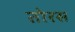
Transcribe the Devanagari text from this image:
तोरस